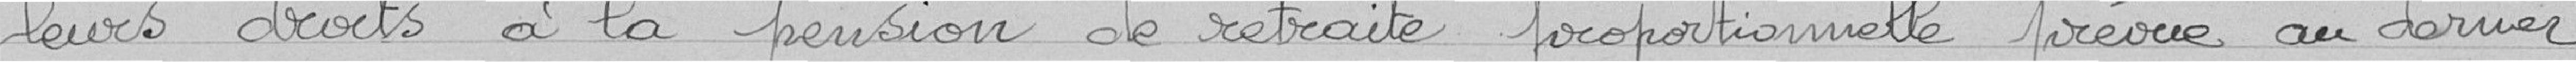
leurs droits à la pension de retraite proportionnelle prévue au dernier